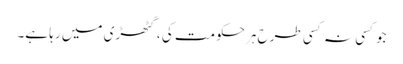
جوکسی نہ کسی طرح ہرحکومت کی ، گٹھڑی میں رہا ہے۔